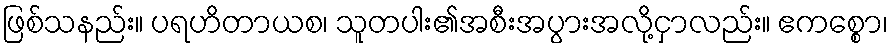
ဖြစ်သနည်း။ ပရဟိတာယစ၊ သူတပါး၏အစီးအပွားအလို့ငှာလည်း။ ဧကစ္စော၊